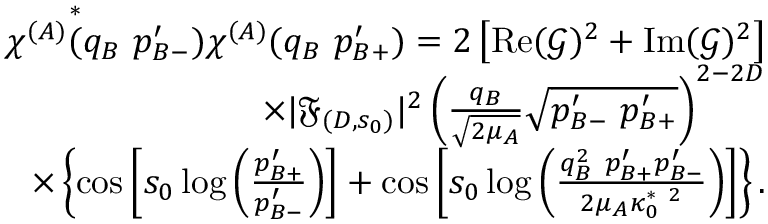
\begin{array} { r l r } & { } & { \chi ^ { ( A ) } \overset { * } { ( } q _ { B } \ p _ { B - } ^ { \prime } ) \chi ^ { ( A ) } ( q _ { B } \ p _ { B + } ^ { \prime } ) = 2 \left[ \operatorname { R e } ( \mathcal { G } ) ^ { 2 } + \operatorname { I m } ( \mathcal { G } ) ^ { 2 } \right] } \\ & { } & { \times | \mathfrak { F } _ { ( D , s _ { 0 } ) } | ^ { 2 } \left( \frac { q _ { B } } { \sqrt { 2 \mu _ { A } } } \sqrt { p _ { B - } ^ { \prime } \ p _ { B + } ^ { \prime } } \right) ^ { 2 - 2 D } } \\ & { } & { \times \left\{ \cos \left[ s _ { 0 } \log \left( \frac { p _ { B + } ^ { \prime } } { p _ { B - } ^ { \prime } } \right) \right] + \cos \left[ s _ { 0 } \log \left( \frac { q _ { B } ^ { 2 } \ p _ { B + } ^ { \prime } p _ { B - } ^ { \prime } } { 2 \mu _ { A } \kappa _ { 0 } ^ { * \ 2 } } \right) \right] \right\} . } \end{array}